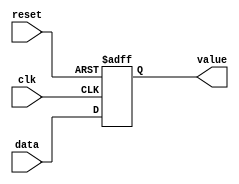
module ff(
    input data,
    input clk,
    input reset,
    output value
);
reg val = 1'b0;

always @(posedge clk or posedge reset)
begin
    if(reset == 1'b1)
        val = 1'b0;
    else
        val = data;
end

assign value = val;
endmodule